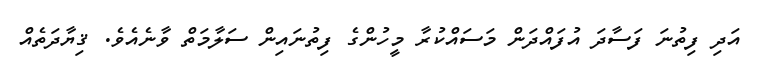
އަދި ފިތުނަ ފަސާދަ އުފައްދަން މަސައްކުރާ މީހުންގެ ފިތުނައިން ސަލާމަތް ވާނެއެވެ. ޤިޔާދަތެއް